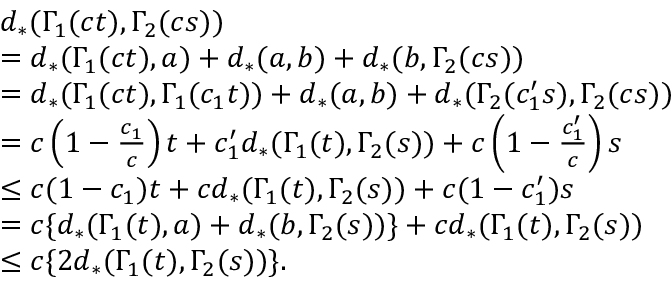
\begin{array} { r l } & { d _ { * } ( \Gamma _ { 1 } ( c t ) , \Gamma _ { 2 } ( c s ) ) } \\ & { = d _ { * } ( \Gamma _ { 1 } ( c t ) , a ) + d _ { * } ( a , b ) + d _ { * } ( b , \Gamma _ { 2 } ( c s ) ) } \\ & { = d _ { * } ( \Gamma _ { 1 } ( c t ) , \Gamma _ { 1 } ( c _ { 1 } t ) ) + d _ { * } ( a , b ) + d _ { * } ( \Gamma _ { 2 } ( c _ { 1 } ^ { \prime } s ) , \Gamma _ { 2 } ( c s ) ) } \\ & { = c \left( 1 - \frac { c _ { 1 } } { c } \right) t + c _ { 1 } ^ { \prime } d _ { * } ( \Gamma _ { 1 } ( t ) , \Gamma _ { 2 } ( s ) ) + c \left( 1 - \frac { c _ { 1 } ^ { \prime } } { c } \right) s } \\ & { \leq c ( 1 - c _ { 1 } ) t + c d _ { * } ( \Gamma _ { 1 } ( t ) , \Gamma _ { 2 } ( s ) ) + c ( 1 - c _ { 1 } ^ { \prime } ) s } \\ & { = c \{ d _ { * } ( \Gamma _ { 1 } ( t ) , a ) + d _ { * } ( b , \Gamma _ { 2 } ( s ) ) \} + c d _ { * } ( \Gamma _ { 1 } ( t ) , \Gamma _ { 2 } ( s ) ) } \\ & { \leq c \{ 2 d _ { * } ( \Gamma _ { 1 } ( t ) , \Gamma _ { 2 } ( s ) ) \} . } \end{array}